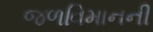
જળવિમાનની